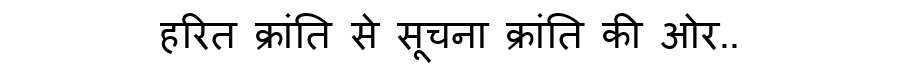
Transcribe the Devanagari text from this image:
हरित क्रांति से सूचना क्रांति की ओर..